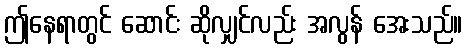
ဤနေရာတွင် ဆောင်း ဆိုလျှင်လည်း အလွန် အေးသည်။